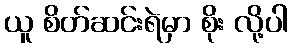
ယူ စိတ်ဆင်းရဲမှာ စိုး လို့ပါ